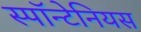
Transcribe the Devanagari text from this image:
स्पॉन्टेनियस